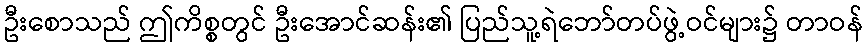
ဦးစောသည် ဤကိစ္စတွင် ဦးအောင်ဆန်း၏ ပြည်သူ့ရဲဘော်တပ်ဖွဲ့ဝင်များ၌ တာဝန်